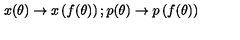
x ( \theta ) \rightarrow x \left( f ( \theta ) \right) ; p ( \theta ) \rightarrow p \left( f ( \theta ) \right)